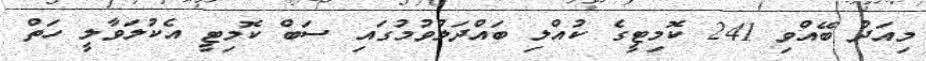
މިއަދު ބޭއްވި 241 ކޮމިޓީގެ ކުއްލި ބައްދަލުވުމުގައި ސަބް ކޮމިޓީ އެކުލަވާލީ ހަތް